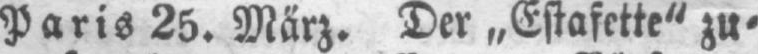
Paris 25. März. Der „Estafette“ zu⸗